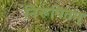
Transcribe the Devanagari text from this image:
निरूपितम्